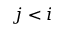
j < i